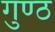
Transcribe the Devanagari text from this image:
गुण्ठ